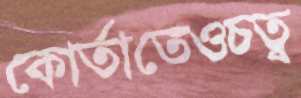
কোর্তাতেওচত্ব